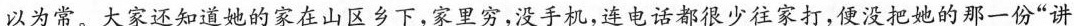
以为常。大家还知道她的家在山区乡下，家里穷，没手机，连电话都很少往家打，便没把她的那一份“讲